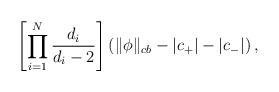
LaTeX: \begin{align*}\left[\prod_{i=1}^N\frac{d_i}{d_i-2}\right]\left(\|\phi\|_{cb}-|c_+|-|c_-|\right),\end{align*}